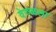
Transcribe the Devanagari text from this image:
वेरुळला